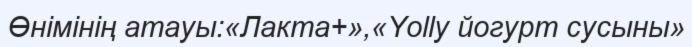
Өнімінің атауы:«Лакта+»,«Yolly йогурт сусыны»